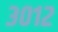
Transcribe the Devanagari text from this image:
३०१२